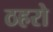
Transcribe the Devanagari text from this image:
ठहरो